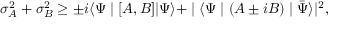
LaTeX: \sigma _ { A } ^ { 2 } + \sigma _ { B } ^ { 2 } \geq \pm i \langle \Psi \mid [ A , B ] | \Psi \rangle + \mid \langle \Psi \mid ( A \pm i B ) \mid { \bar { \Psi } } \rangle | ^ { 2 } ,